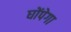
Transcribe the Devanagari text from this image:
घोंपेगा